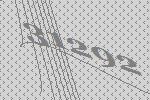
31292